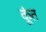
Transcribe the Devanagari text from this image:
कूंत